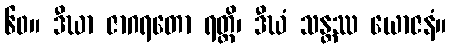
၆၀။ ဒီဃာ ဇာဂရတော ရတ္တိ၊ ဒီဃံ သန္တဿ ယောဇနံ။